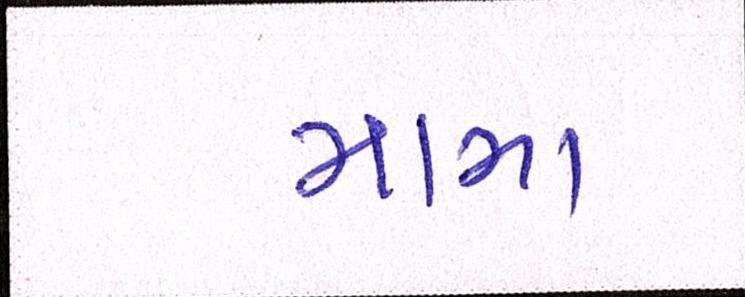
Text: મામા